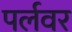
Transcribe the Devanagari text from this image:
पर्लवर